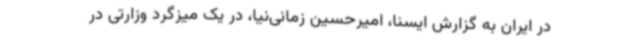
در ایران به گزارش ایسنا، امیرحسین زمانی‌نیا، در یک میزگرد وزارتی در